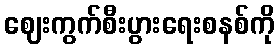
ဈေးကွက်စီးပွားရေးစနစ်ကို